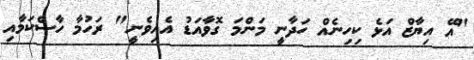
"އޭ އިޔާޒް އަޅެ ކިހިނެއް ހަދާނީ މަންމަ ގޮވާއަޑު އެއިވެނީ" ރަހުމާ ހާސްކަމާއި